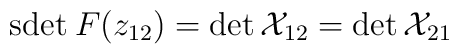
\mbox{sdet}\:F(z_{12})=\det{\cal X}_{12}=\det{\cal X}_{21}